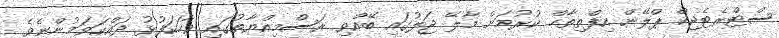
ސްޓްރެޓެޖިކް ޕްލޭން އިފްތިތާޙް ކުރުމަށް މާލޭ ޖަލުގައި ބޭއްވި ރަސްމިއްޔާތުގައި ވާހަކަފުޅު ދައްކަވަމުންނެވެ.